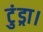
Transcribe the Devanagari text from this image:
टुंड्रा।